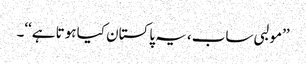
’’مولبی ساب، یہ پاکستان کیا ہوتا ہے‘‘۔